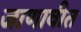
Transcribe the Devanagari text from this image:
जाणावीत